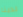
لدينا